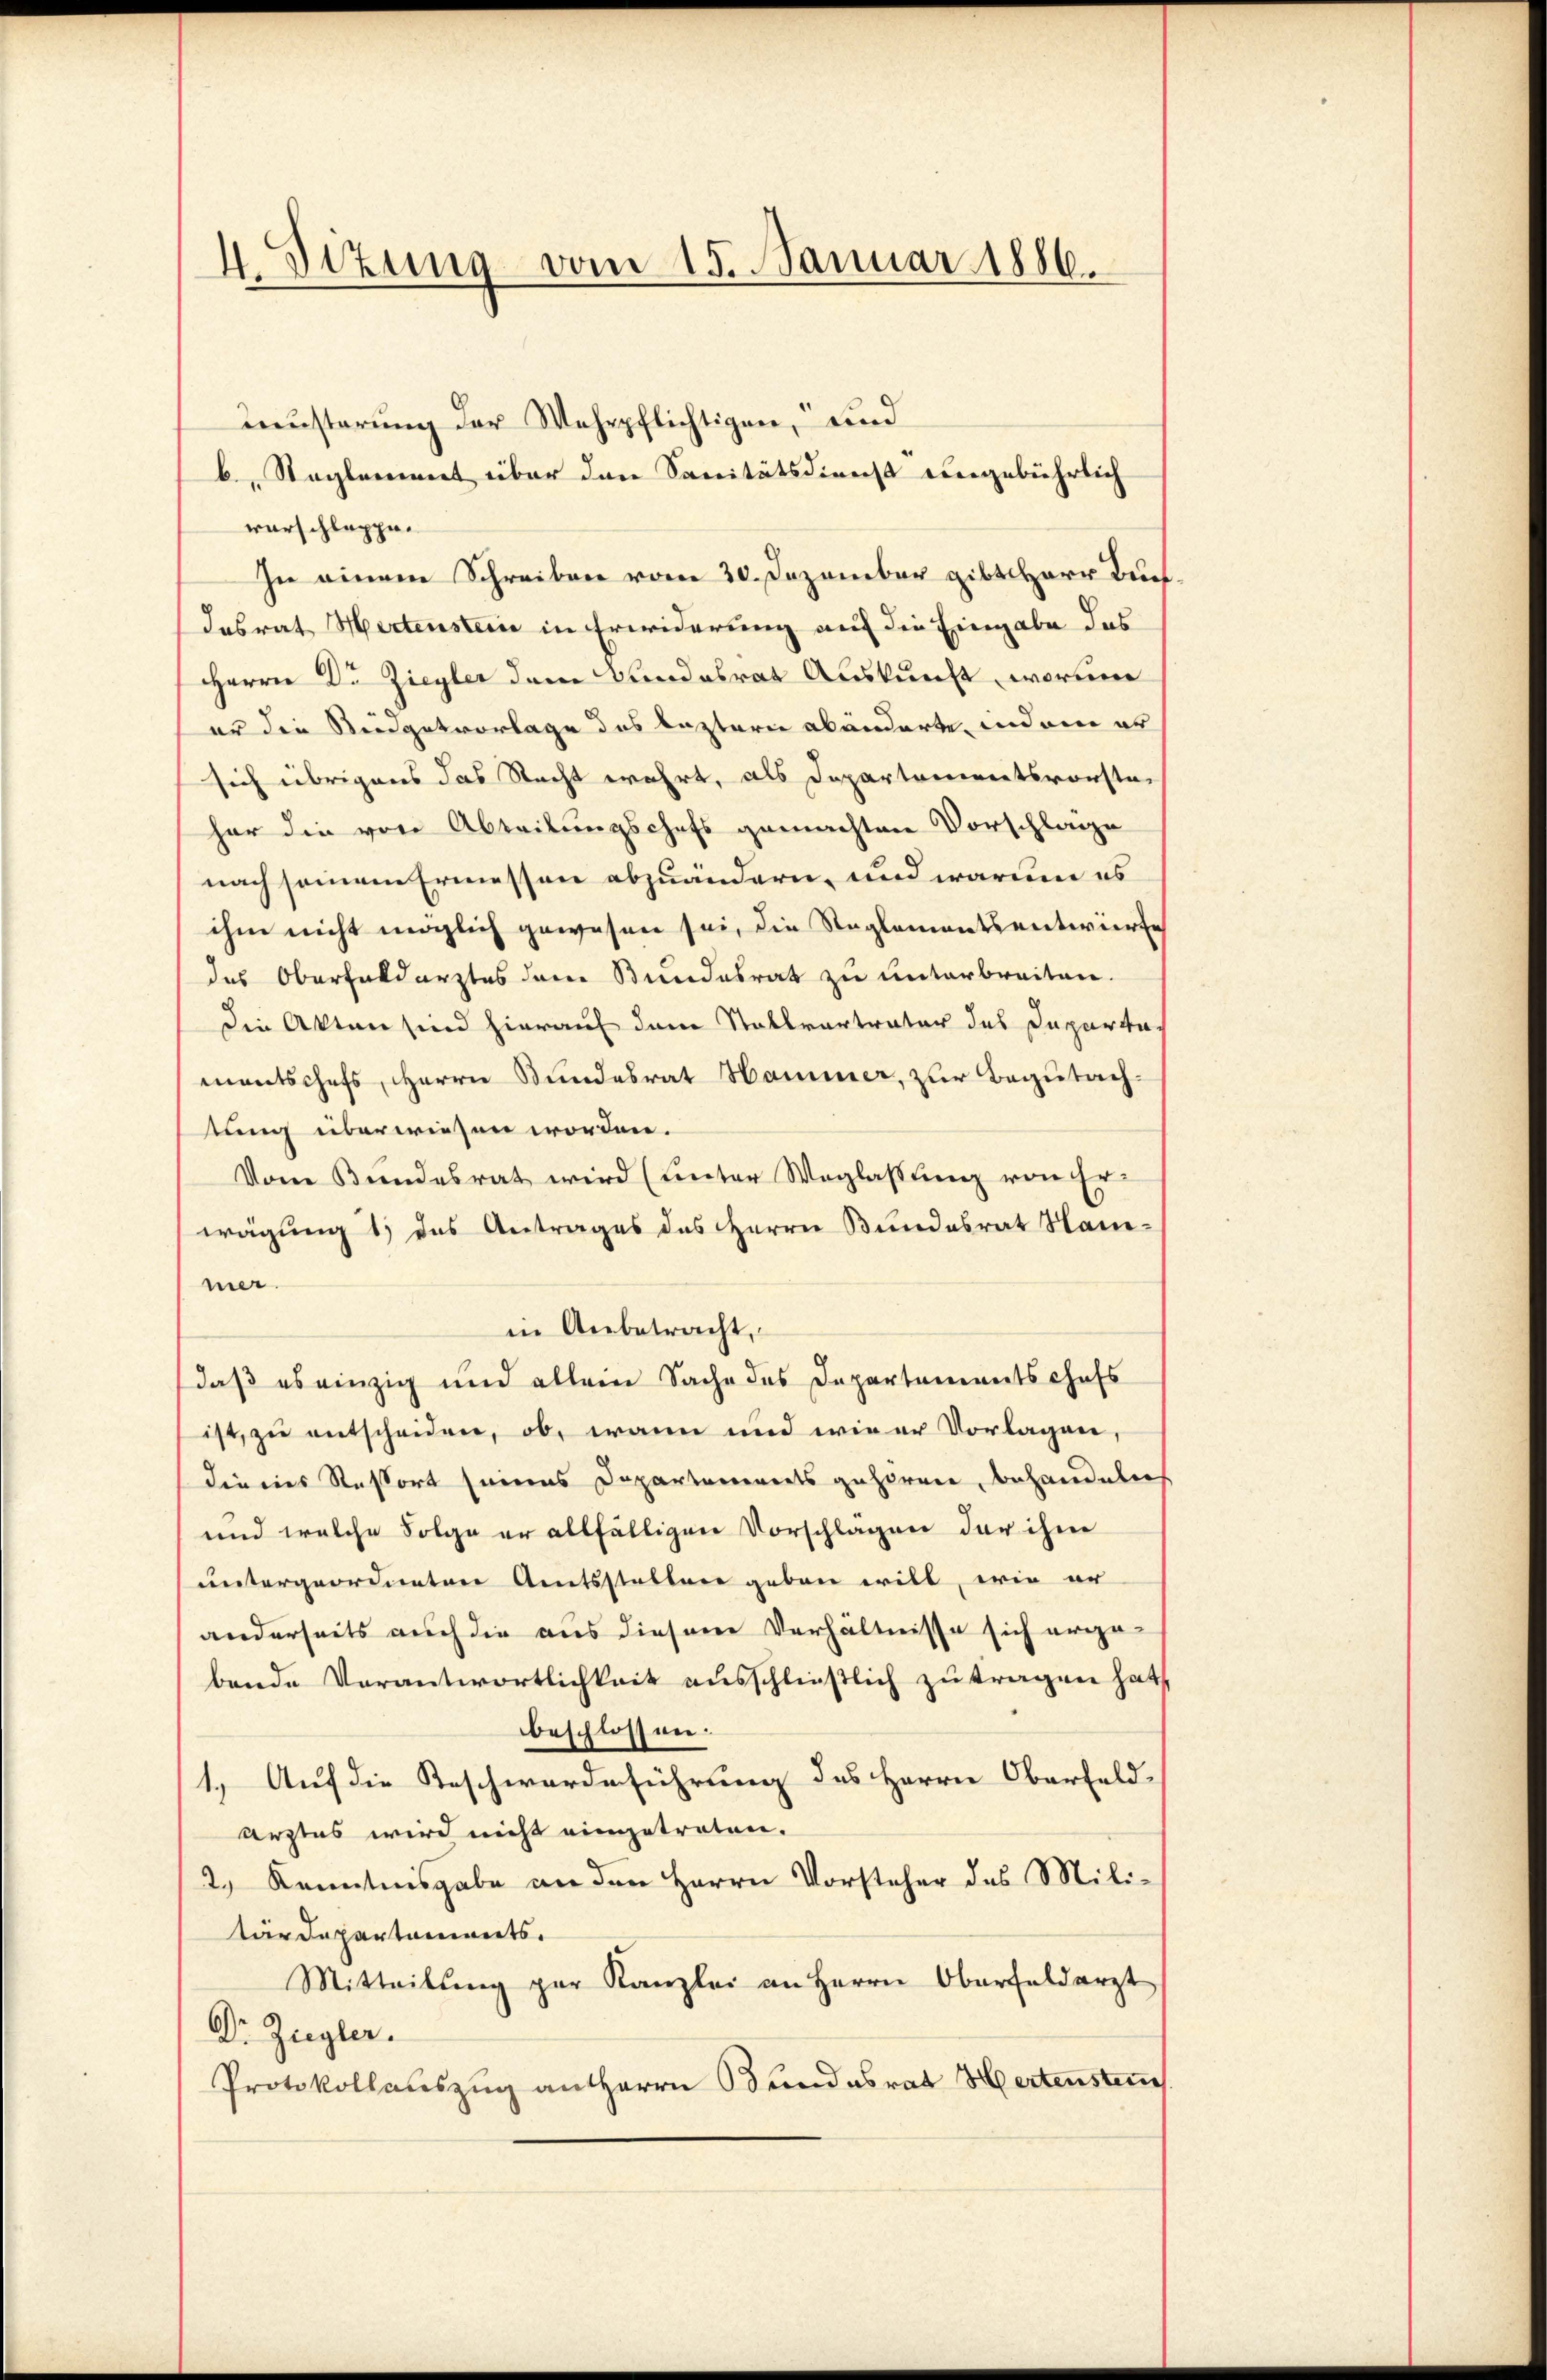
4. Sizung vom 15. Januar 1886.

Leusterung der Wehrpflichtigen, und
b., Reglement über den Sanitätsdienst eingebührlich
vorschlappe.
In einem Schreiben vom 30. Dezember gibt Herr Bu¬
Insrat Hertenstein in Erwiderung auf die Eingabe das
Herrn Dr Ziegler dem Bundesrat Auskunft, worinne
er die Steidgetvorlage des leztern abänderte indem er
sich übrigens das Recht wahrt, als Departementsvorste,
har die von Abteilungschefs gemachten Vorschlage
nach seinem Ermessen abzuändern, und warum es
ihm nicht möglich gewesen sei, die Reglementsentwürfe
des Oberfeldarztes dem Bundesrat zu unterbreiten.
die Akten sind hierauf dem Stallvertrator des Departe
mentschefs, Herrn Bundesrat Hammer, zur Begutachtung überwiesen worden.
Vom Bundesrat wird (unter Weglassung von Er
wägung 1) das Antrages des Herrn Bundesrat Nammer.
in Anbetracht,
daß es einzig und allein Sache des Departementschafs
ist, zu entscheiden, ob, wann und wie er Vorlagen,
dienes Refort seines Departanereits gehören, behandeln
und welche Folge er allfälligen Vorschlagen der ihm
untergeordneten Amtsstellen geben will, wie er
anderseits auch die aus diesem Verhältnisse sich ergabende Verantwortlichkeit ausschließlich zu tragen hat,
beschlossen.
1.) Auf die Reschwerdeführung des Herrn Oberfeld-
ärztes wird nicht eingetreten.
2.) Kenntnisgabe an den Herrn Vorsteher des Militärdepartements.
Mitteilŭng par Kanzlei an Herrn Oberfeldarzt
Dr. Zugler.
Protokollauszug an Herrn Bundesrat Hertensteue